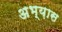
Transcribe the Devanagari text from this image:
अभ्य़ास